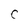
Character: C